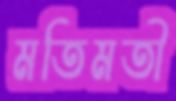
মতিমতী